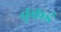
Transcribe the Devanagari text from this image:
तुकडं